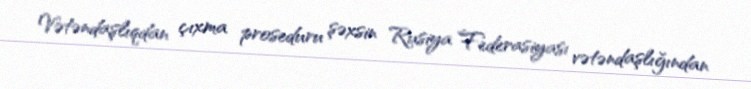
Vətəndaşlıqdan çıxma proseduru şəxsin Rusiya Federasiyası vətəndaşlığından